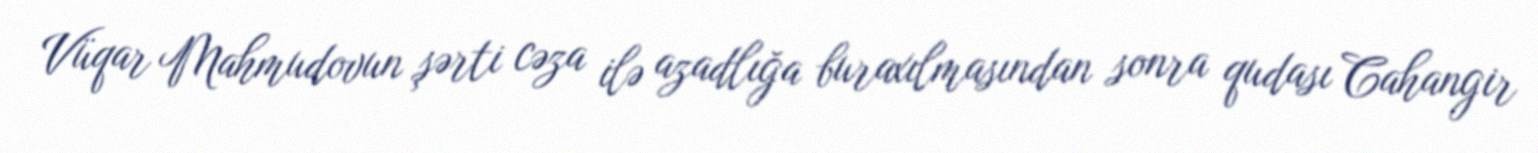
Vüqar Mahmudovun şərti cəza ilə azadlığa buraxılmasından sonra qudası Cahangir